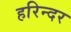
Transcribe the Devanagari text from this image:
हरिन्दर